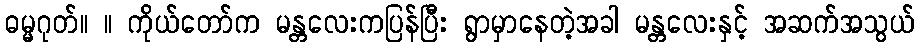
ဓမ္မဂုတ်။ ။ ကိုယ်တော်က မန္တလေးကပြန်ပြီး ရွာမှာနေတဲ့အခါ မန္တလေးနှင့် အဆက်အသွယ်